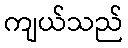
ကျယ်သည်